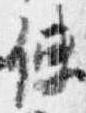
使